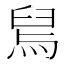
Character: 舃